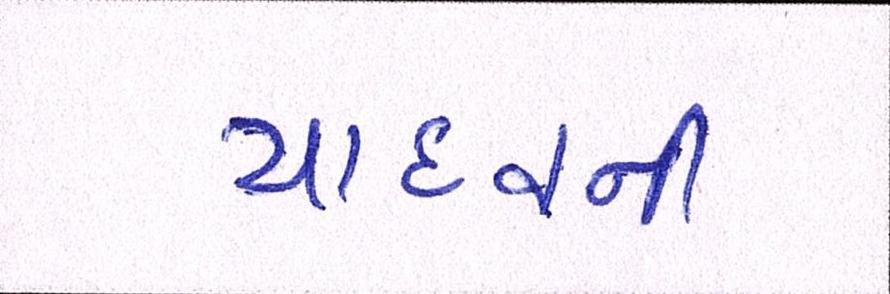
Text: યાદવની